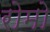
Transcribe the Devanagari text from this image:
रोमो